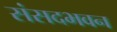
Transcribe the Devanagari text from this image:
संसदभवन